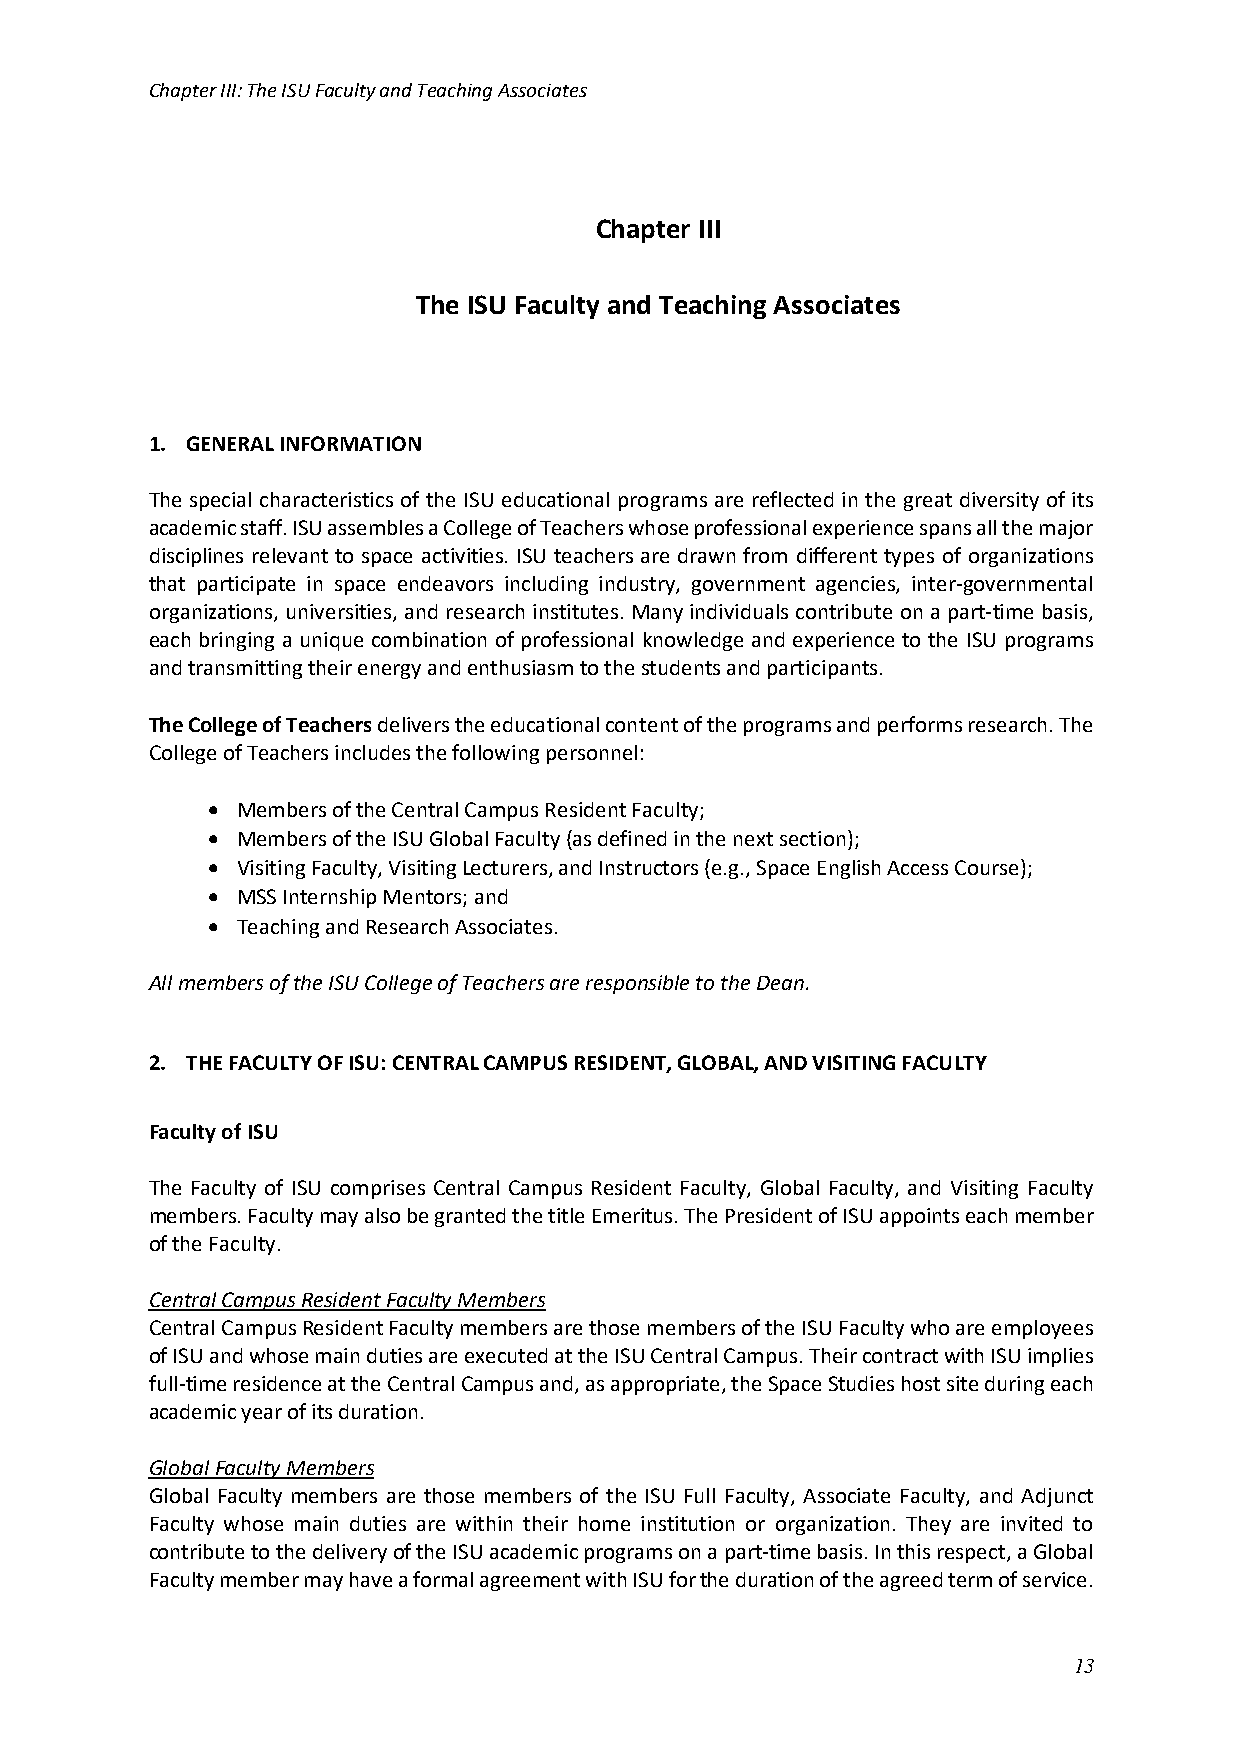
Chapter III: The ISU Faculty and Teaching Associates
 Chapter III
 The ISU Faculty and Teaching Associates
 1. GENERAL INFORMATION
 The special characteristics of the ISU educational programs are reflected in the great diversity of its
 academic staff. ISU assembles a College of Teachers whose professional experience spans all the major
 disciplines relevant to space activities. ISU teachers are drawn from different types of organizations
 that participate in space endeavors including industry, government agencies, inter-governmental
 organizations, universities, and research institutes. Many individuals contribute on a part-time basis,
 each bringing a unique combination of professional knowledge and experience to the ISU programs
 and transmitting their energy and enthusiasm to the students and participants.
 The College of Teachers delivers the educational content of the programs and performs research. The
 College of Teachers includes the following personnel:
 • Members of the Central Campus Resident Faculty;
 • Members of the ISU Global Faculty (as defined in the next section);
 • Visiting Faculty, Visiting Lecturers, and Instructors (e.g., Space English Access Course);
 • MSS Internship Mentors; and
 • Teaching and Research Associates.
 All members of the ISU College of Teachers are responsible to the Dean.
 2. THE FACULTY OF ISU: CENTRAL CAMPUS RESIDENT, GLOBAL, AND VISITING FACULTY
 Faculty of ISU
 The Faculty of ISU comprises Central Campus Resident Faculty, Global Faculty, and Visiting Faculty
 members. Faculty may also be granted the title Emeritus. The President of ISU appoints each member
 of the Faculty.
 Central Campus Resident Faculty Members
 Central Campus Resident Faculty members are those members of the ISU Faculty who are employees
 of ISU and whose main duties are executed at the ISU Central Campus. Their contract with ISU implies
 full-time residence at the Central Campus and, as appropriate, the Space Studies host site during each
 academic year of its duration.
 Global Faculty Members
 Global Faculty members are those members of the ISU Full Faculty, Associate Faculty, and Adjunct
 Faculty whose main duties are within their home institution or organization. They are invited to
 contribute to the delivery of the ISU academic programs on a part-time basis. In this respect, a Global
 Faculty member may have a formal agreement with ISU for the duration of the agreed term of service.
 13